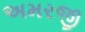
અમરજી